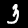
Label: 3